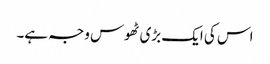
اس کی ایک بڑی ٹھوس وجہ ہے۔